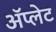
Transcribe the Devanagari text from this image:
ॲप्लेट